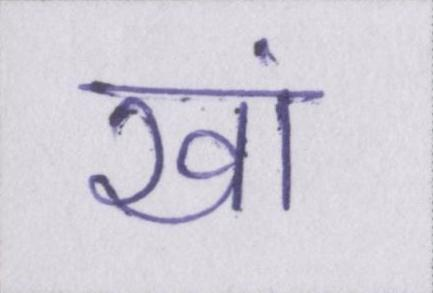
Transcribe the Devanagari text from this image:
खां